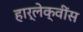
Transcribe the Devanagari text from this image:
हार्लेक्वींस